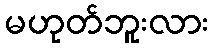
မဟုတ်ဘူးလား